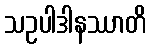
သဥပါဒါနဿာတိ